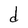
Character: d